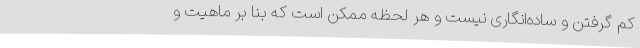
کم گرفتن و ساده‌انگاری نیست و هر لحظه ممکن است که بنا بر ماهیت و